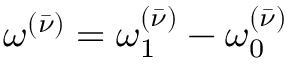
\omega ^ { ( \bar { \nu } ) } = \omega _ { 1 } ^ { ( \bar { \nu } ) } - \omega _ { 0 } ^ { ( \bar { \nu } ) }